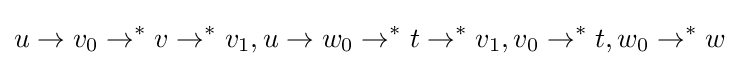
u\to v_{0}\to ^{*}v\to ^{*}v_{1},u\to w_{0}\to ^{*}t\to ^{*}v_{1},v_{0}\to ^{*}t,w_{0}\to ^{*}w